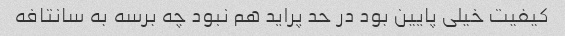
کیفیت خیلی پایین بود در حد پراید هم نبود چه برسه به سانتافه